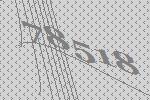
78518